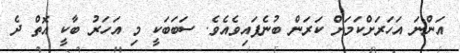
އަންނަ އަހަރަށްކަމަށް ކަރަން ބުނެފައިވެއެވެ. ސަބަބަކީ މި އަހަރު ބާކީ އޮތް ދެ